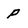
Character: P